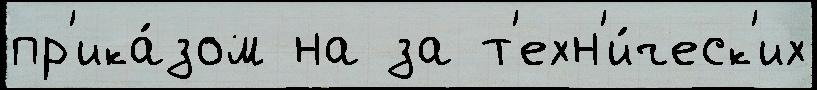
пр'ика́зом на за т'ехн'и́ческ'их